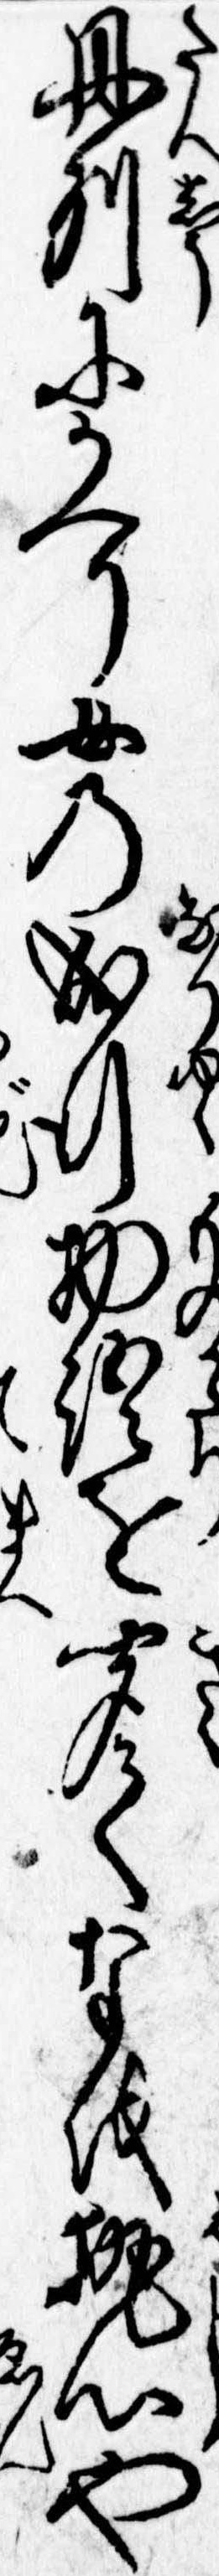
丹州にかへり女の成行物語を聞てなを執心や